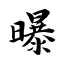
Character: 曝